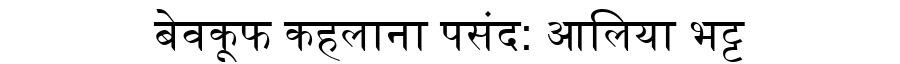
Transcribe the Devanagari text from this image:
बेवकूफ कहलाना पसंद: आलिया भट्ट